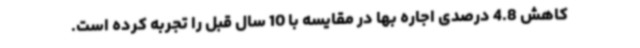
کاهش 4.8 درصدی اجاره بها در مقایسه با 10 سال قبل را تجربه کرده است.